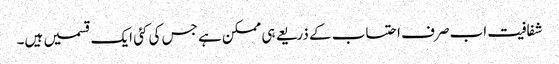
شفافیت اب صرف احتساب کے ذریعے ہی ممکن ہے جس کی کئی ایک قسمیں ہیں۔